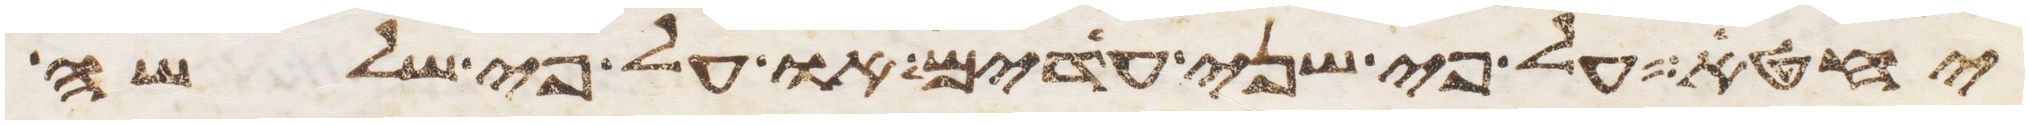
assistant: יחטא על פי שני עדים או על פי שלשה